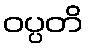
ဝပ္ပတိ